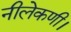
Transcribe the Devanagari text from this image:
नीलेकणी।